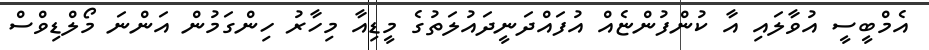
އެމްބީސީ އުވާލައި އާ ކުންފުންޏެއް އުފައްދަނީދައުލަތުގެ މީޑިއާ މިހާރު ހިންގަމުން އަންނަ މޯލްޑިވްސް